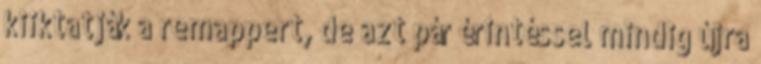
kiiktatják a remappert, de azt pár érintéssel mindig újra